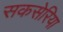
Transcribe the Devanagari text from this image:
सकसेरिया